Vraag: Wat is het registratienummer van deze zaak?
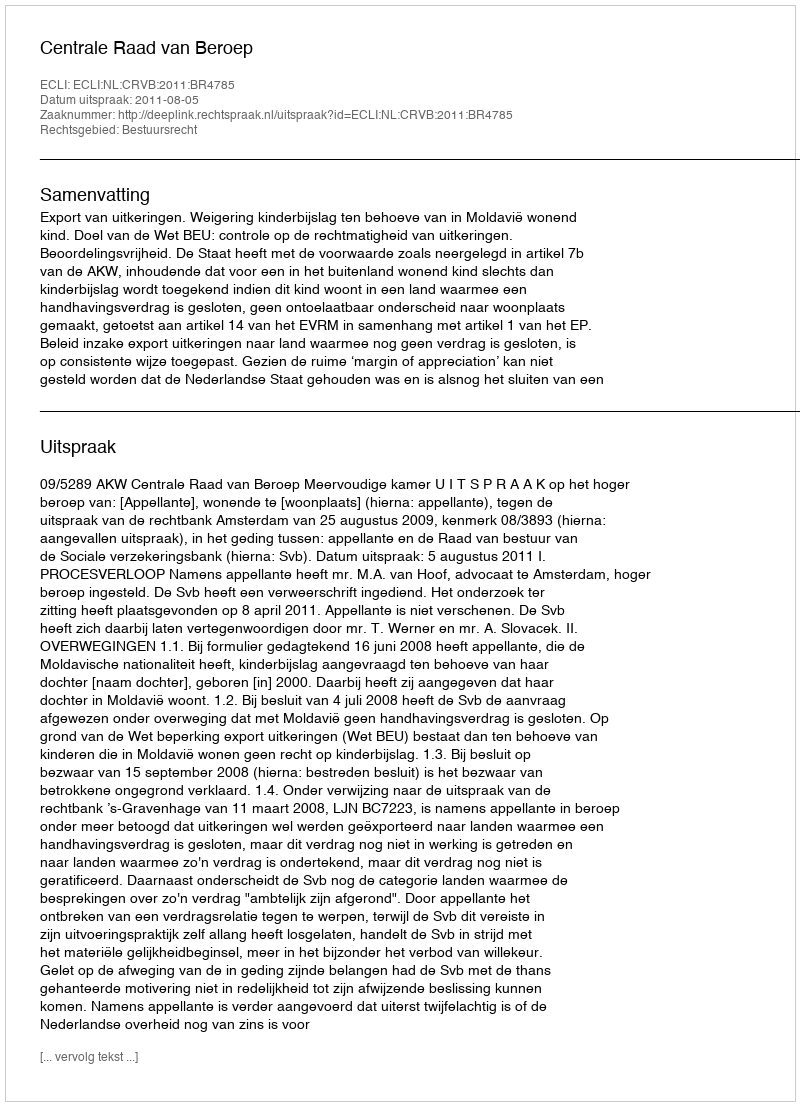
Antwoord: http://deeplink.rechtspraak.nl/uitspraak?id=ECLI:NL:CRVB:2011:BR4785